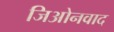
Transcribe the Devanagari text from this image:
जिओनवाद